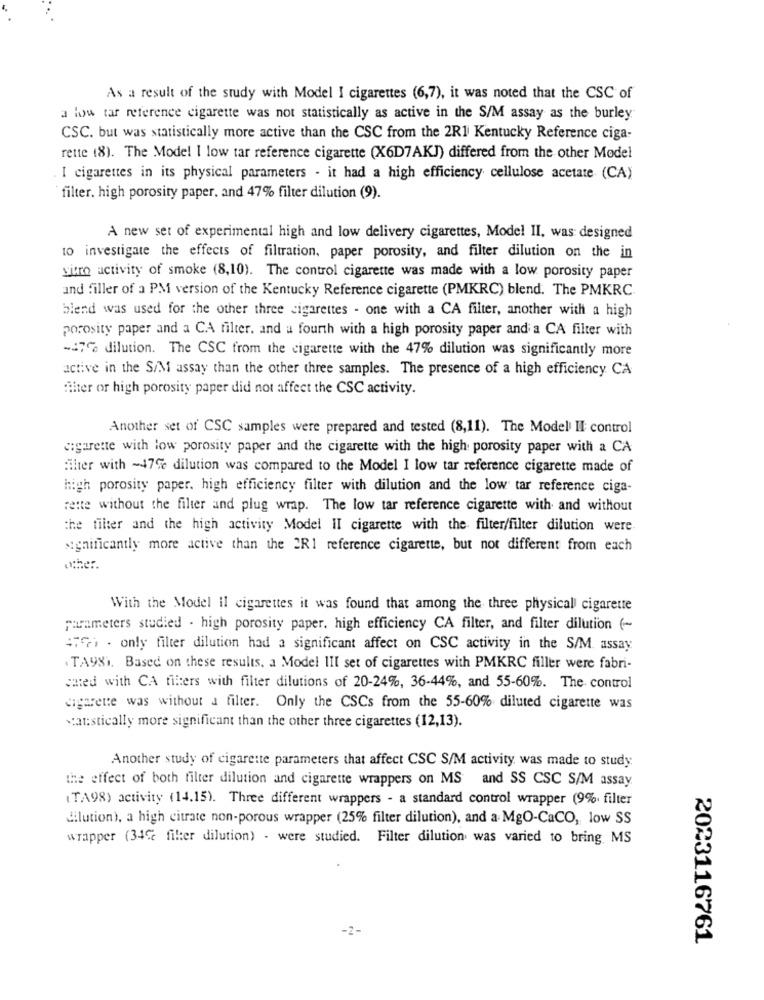
As a result of the study with Model I cigarettes (6,7), it was noted that the CSC of
a low tar reference cigarette was not statistically as active in the S/M assay as the burley
CSC. but was statistically more active than the CSC from the 2R1 Kentucky Reference ciga-
rette 18). The Model I low tar reference cigarette (X6D7AKJ) differed from the other Model
I cigarettes in its physical parameters - it had a high efficiency cellulose acetate (CA)
filter. high porosity paper, and 47% filter dilution (9).
A new set of experimental high and low delivery cigarettes, Model II, was designed
10 investigate the effects of filtration, paper porosity, and filter dilution on the in
vitro activity of smoke (8,10). The control cigarette was made with a low porosity paper
and filler of a PM version of the Kentucky Reference cigarette (PMKRC) blend. The PMKRC.
blend was used for the other three cigarettes - one with a CA filter, another with a high
porosity paper and a CA filter. and a fourth with a high porosity paper and a CA filter with
-47% dilution. The CSC from the cigarette with the 47% dilution was significantly more
active in the S/M assay than the other three samples. The presence of a high efficiency CA
filter or high porosity paper did not affect the CSC activity.
Another set of CSC samples were prepared and tested (8,11). The Model Il control
cigarette with low porosity paper and the cigarette with the high porosity paper with a CA
filter with -47e dilution was compared to the Model I low tar reference cigarette made of
high porosity paper. high efficiency filter with dilution and the low tar reference ciga-
rette without the filter and plug wrap. The low tar reference cigarette with and without
the filter and the high activity Model II cigarette with the filter/filter dilution were
significantly more active than the 2R1 reference cigarette, but not different from each
other.
With the Model Il cigarettes it was found that among the three physical cigarette
punmeters studied - high porosity paper. high efficiency CA filter, and filter dilution (-
479) . only filter dilution had a significant affect on CSC activity in the S/M. assay
.TA98). Based on these results. a Model III set of cigarettes with PMKRC filler were fabri-
cated with CA filters with filter dilutions of 20-24%, 36-44%, and 55-60%. The control
cigarette was without a filter. Only the CSCs from the 55-60% diluted cigarette was
statistically more significant than the other three cigarettes (12,13).
Another study of cigarette parameters that affect CSC S/M activity was made to study
the effect of both filter dilution and cigarette wrappers on MS and SS CSC S/M assay.
(TA98) activity (14.15). Three different wrappers - a standard control wrapper (9%. filter
dilution), a high citrate non-porous wrapper (25% filter dilution), and a MgO-CaCO, low SS
wrapper (34℃ filter dilution) . were studied. Filter dilution was varied to bring MS
2023116761